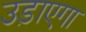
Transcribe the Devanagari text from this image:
उड़ाएगा